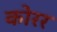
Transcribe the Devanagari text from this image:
कोरर